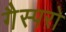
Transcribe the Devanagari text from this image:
गैस्परो